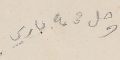
وصل مى ٤ جاري